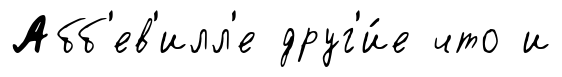
Абб'ев'илл'е друг'и́е что и